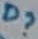
Text: D?